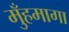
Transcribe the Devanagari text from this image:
मुँहमागा